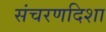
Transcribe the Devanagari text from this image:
संचरणदिशा